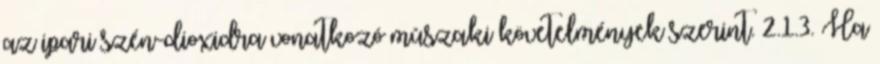
az ipari szén-dioxidra vonatkozó mûszaki követelmények szerint. 2.1.3. Ha